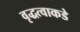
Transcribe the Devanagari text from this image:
वृद्धत्वाकडे